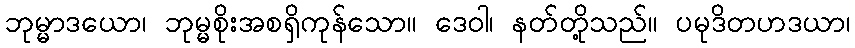
ဘုမ္မာဒယော၊ ဘုမ္မစိုးအစရှိကုန်သော။ ဒေဝါ၊ နတ်တို့သည်။ ပမုဒိတဟဒယာ၊